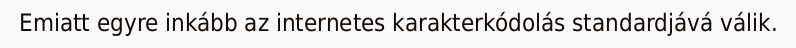
Emiatt egyre inkább az internetes karakterkódolás standardjává válik.